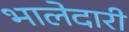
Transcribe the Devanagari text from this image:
भालेदारी